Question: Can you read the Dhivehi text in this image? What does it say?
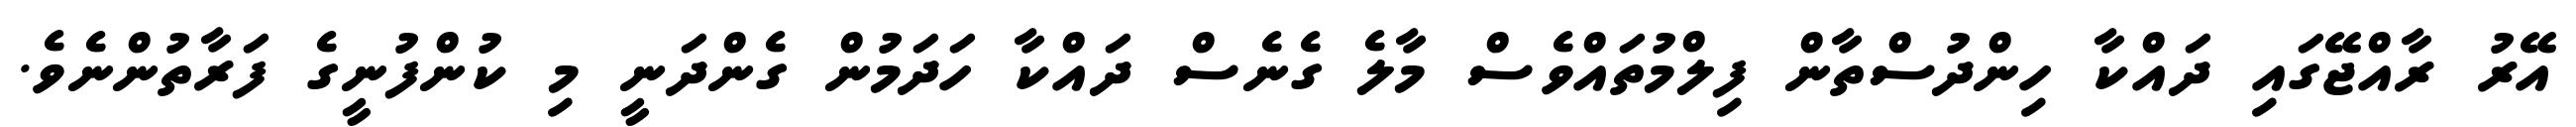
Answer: އޭރު ރާއްޖޭގައި ދައްކާ ހިންދުސްތާން ފިލްމުތައްވެސް މާލެ ގެނެސް ދައްކާ ހަދަމުން ގެންދަނީ މި ކުންފުނީގެ ފަރާތުންނެވެ.